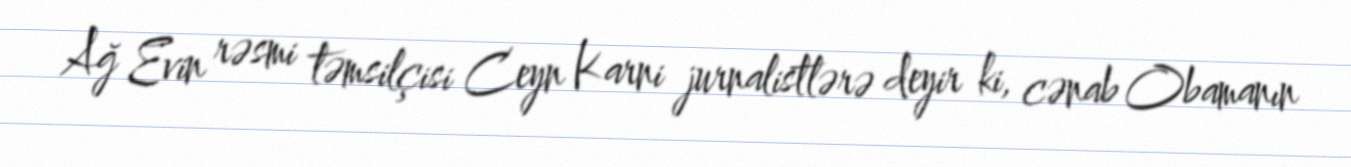
Ağ Evin rəsmi təmsilçisi Ceyn Karni jurnalistlərə deyir ki, cənab Obamanın